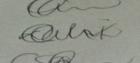
Signature authenticity: genuine